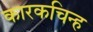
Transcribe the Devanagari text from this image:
कारकचिन्ह